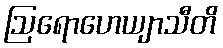
ဩရောဟေယျာသီတိ